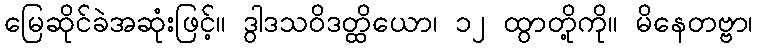
မြေဆိုင်ခဲအဆုံးဖြင့်။ ဒွါဒသဝိဒတ္ထိယော၊ ၁၂ ထွာတို့ကို။ မိနေတဗ္ဗာ၊